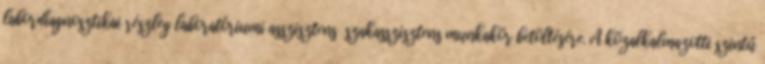
labordiagnosztikai részleg laboratóriumi asszisztens szakasszisztens munkakör betöltésére. A közalkalmazotti szintű